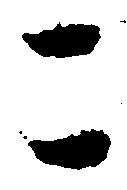
こ